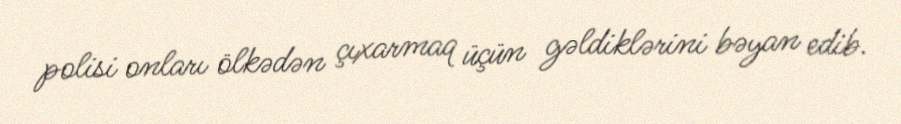
polisi onları ölkədən çıxarmaq üçün gəldiklərini bəyan edib.